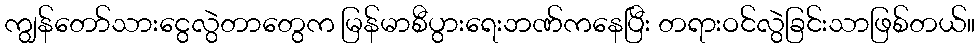
ကျွန်တော်သားငွေလွဲတာတွေက မြန်မာစီပွားရေးဘဏ်ကနေပြီး တရားဝင်လွဲခြင်းသာဖြစ်တယ်။